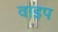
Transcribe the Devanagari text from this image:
वाइप